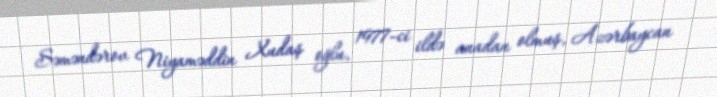
Səməndərov Niyaməddin Xudaş oğlu, 1977-ci ildə anadan olmuş, Azərbaycan